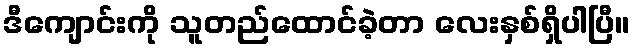
ဒီကျောင်းကို သူတည်ထောင်ခဲ့တာ လေးနှစ်ရှိပါပြီ။